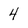
Character: 4